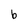
Character: b